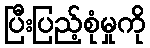
ပြီးပြည့်စုံမှုကို